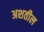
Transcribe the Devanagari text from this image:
अशतील